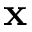
{ \bf x }